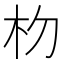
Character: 𬂟